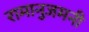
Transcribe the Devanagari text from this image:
रामानुजमनी